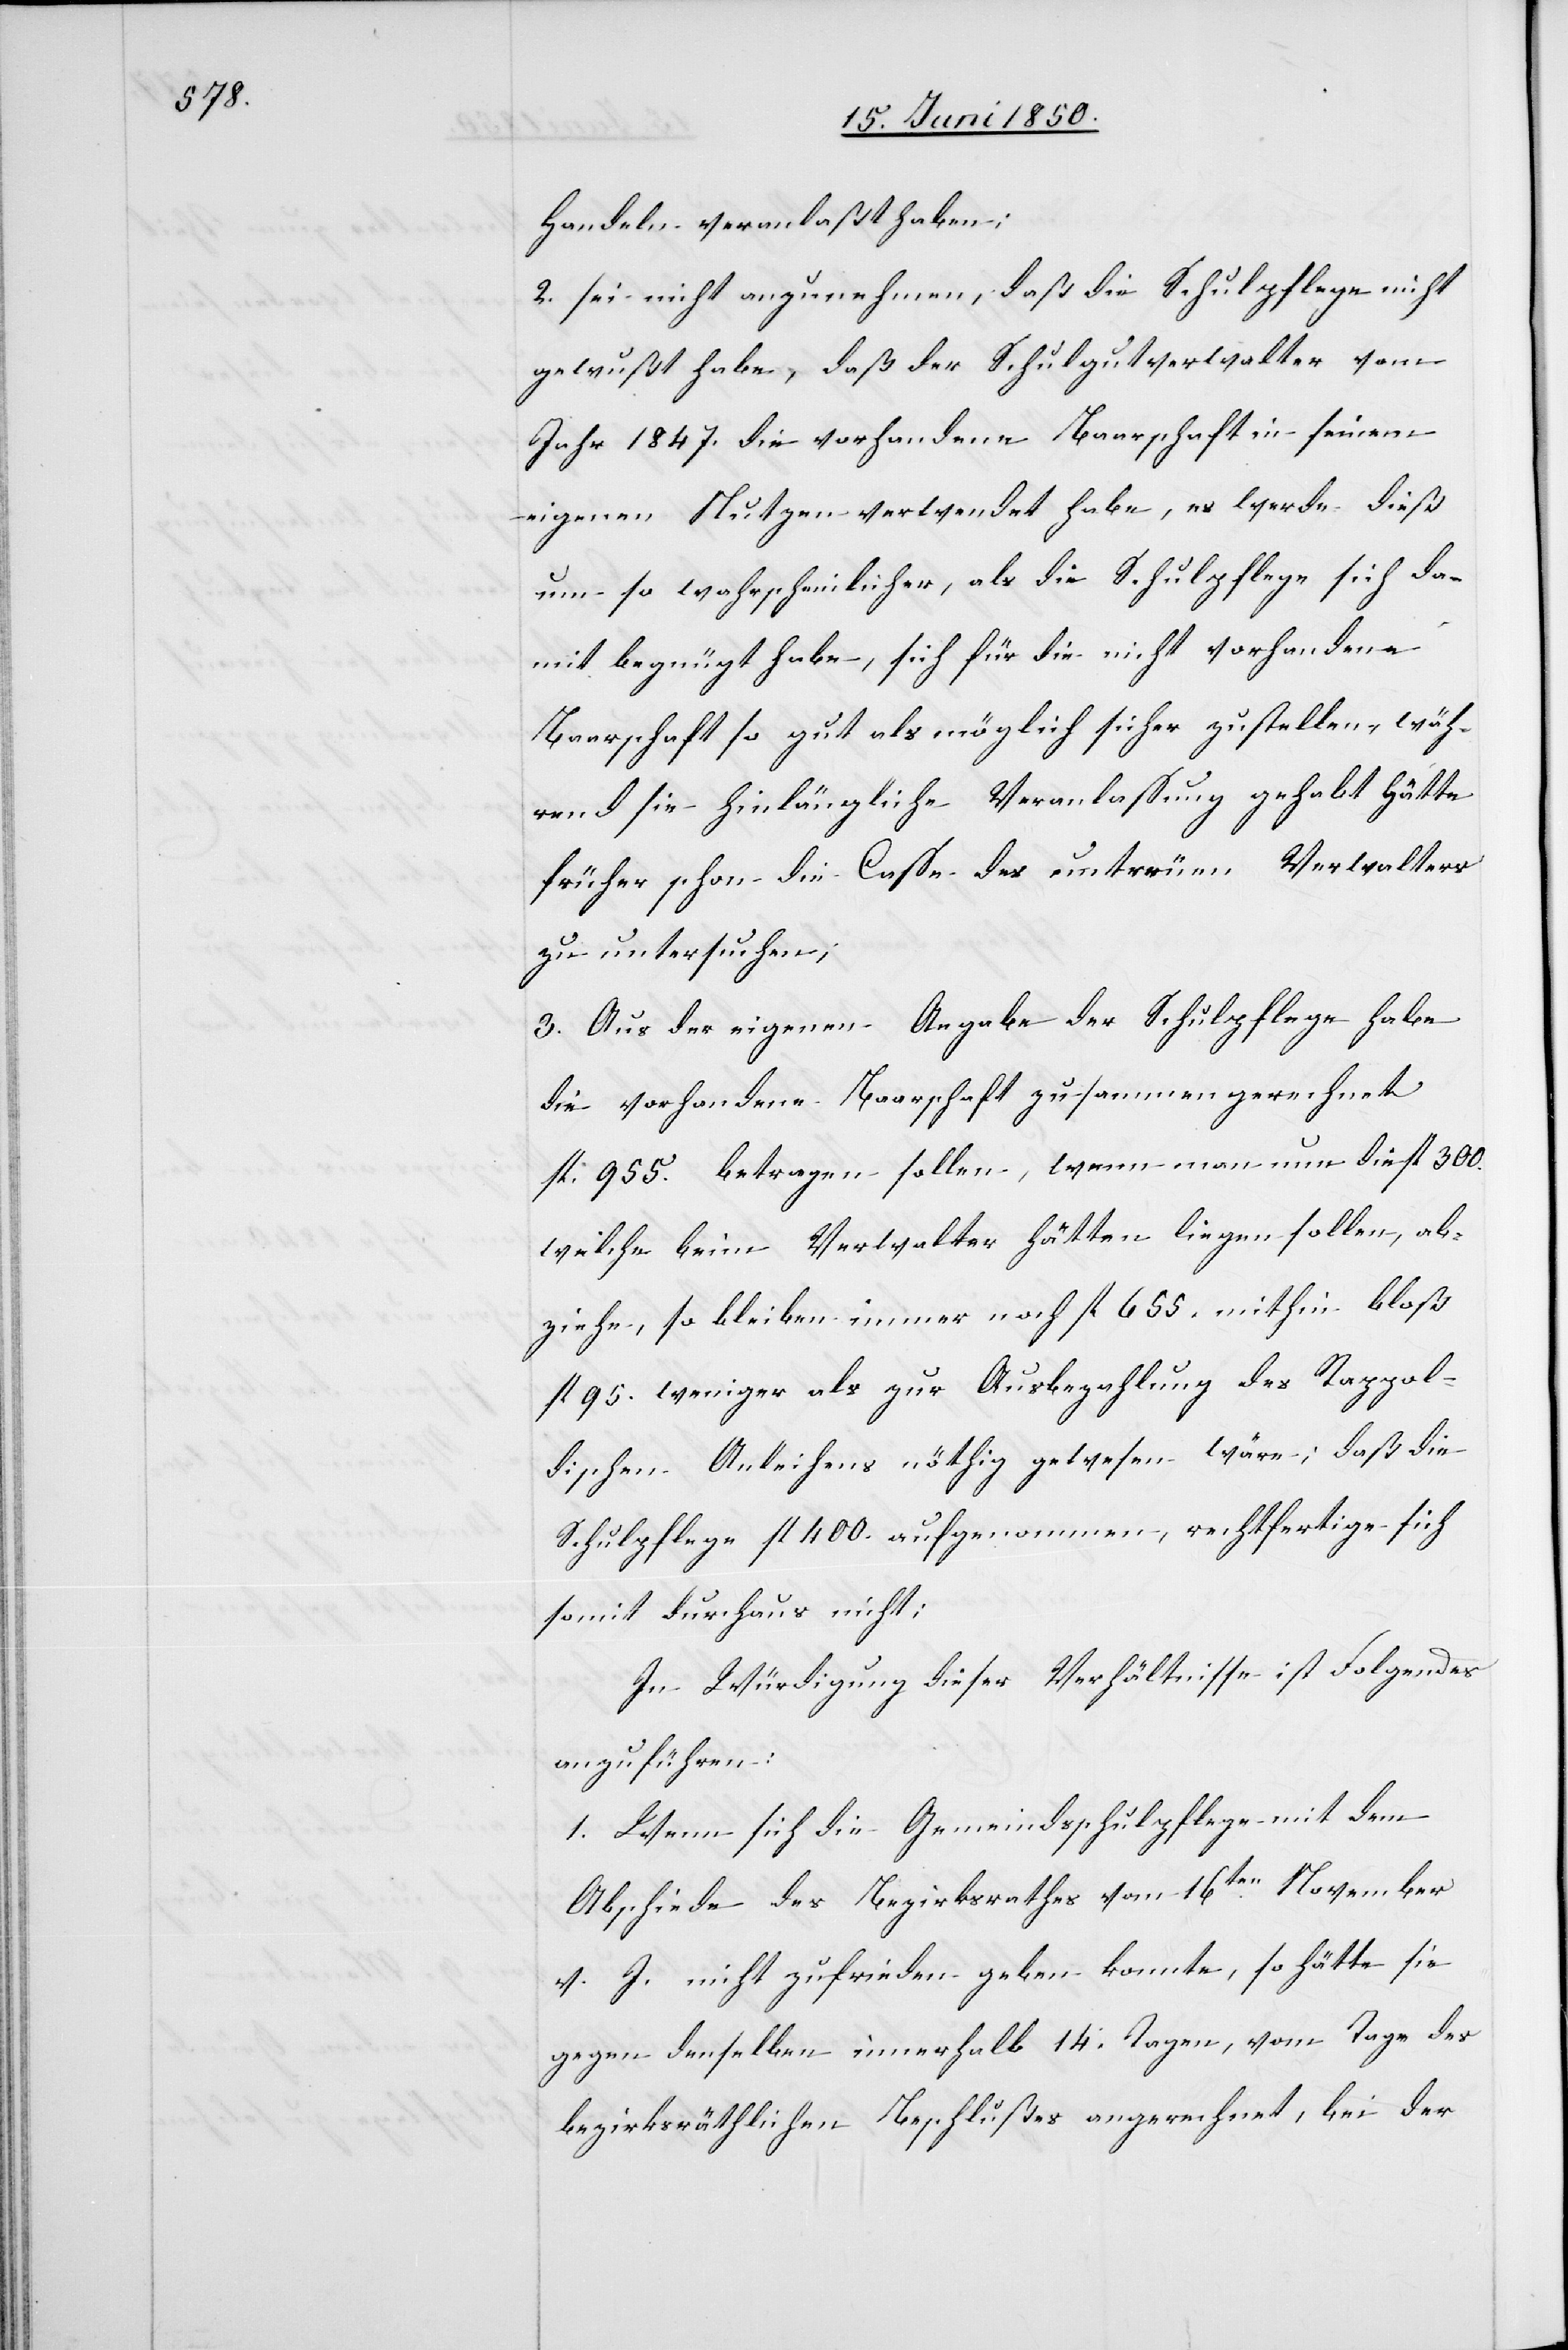
Handeln veranlaßt haben;
2. sei nicht anzunehmen, daß die Schulpflege nicht
gewußt habe, daß der Schulgutverwalter vom
Jahr 1847. die vorhandene Baarschaft in seinem
eigenen Nutzen verwendet habe, es werde dieß
um so wahrscheinlicher, als die Schulpflege sich da¬
mit begnügt habe, sich für die nicht vorhandene
Baarschaft so gut als möglich sicher zustellen, wäh¬
rend sie hinlängliche Veranlassung gehabt hätte
früher schon die Casse des untreuen Verwalters
zu untersuchen;
3. Aus der eigenen Angabe der Schulpflege habe
die vorhandene Baarschaft zusammengerechnet
fl. 955. betragen sollen, wenn man nun die fl 300.
welche beim Verwalter hätten liegen sollen, ab¬
ziehe, so bleiben immer noch fl 655. mithin bloß
fl 95. weniger als zur Ausbezahlung des Rappol¬
dischen Anleihens nöthig gewesen wäre; daß die
Schulpflege fl 400. aufgenommen, rechtfertige sich
somit durchaus nicht;
In Würdigung dieser Verhältnisse ist Folgendes
anzuführen:
1. Wenn sich die Gemeindsschulpflege mit dem
Abschiede des Bezirksrathes vom 16ten November
v. J. nicht zufrieden geben konnte, so hätte sie
gegen denselben innerhalb 14. Tagen, vom Tage des
bezirksräthlichen Beschlusses angerechnet, bei der